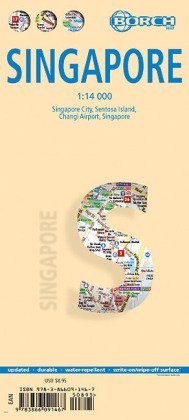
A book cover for Laminated Singapore map by Borch (English, Spanish, French, Italian and German Edition); Borch; Travel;